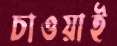
চাওয়াই